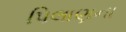
પિલાણના